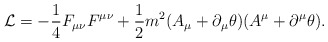
\begin{align*}{\cal L}=-\frac{1}{4} F_{\mu\nu} F^{\mu\nu}+\frac{1}{2}m^{2}(A_{\mu}+\partial_{\mu}\theta)(A^{\mu}+\partial^{\mu}\theta).\end{align*}